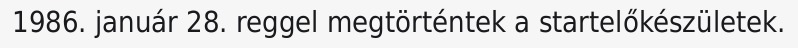
1986. január 28. reggel megtörténtek a startelőkészületek.